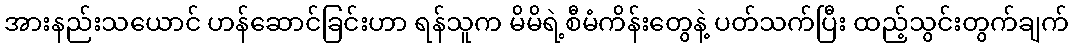
အားနည်းသယောင် ဟန်ဆောင်ခြင်းဟာ ရန်သူက မိမိရဲ့စီမံကိန်းတွေနဲ့ ပတ်သက်ပြီး ထည့်သွင်းတွက်ချက်